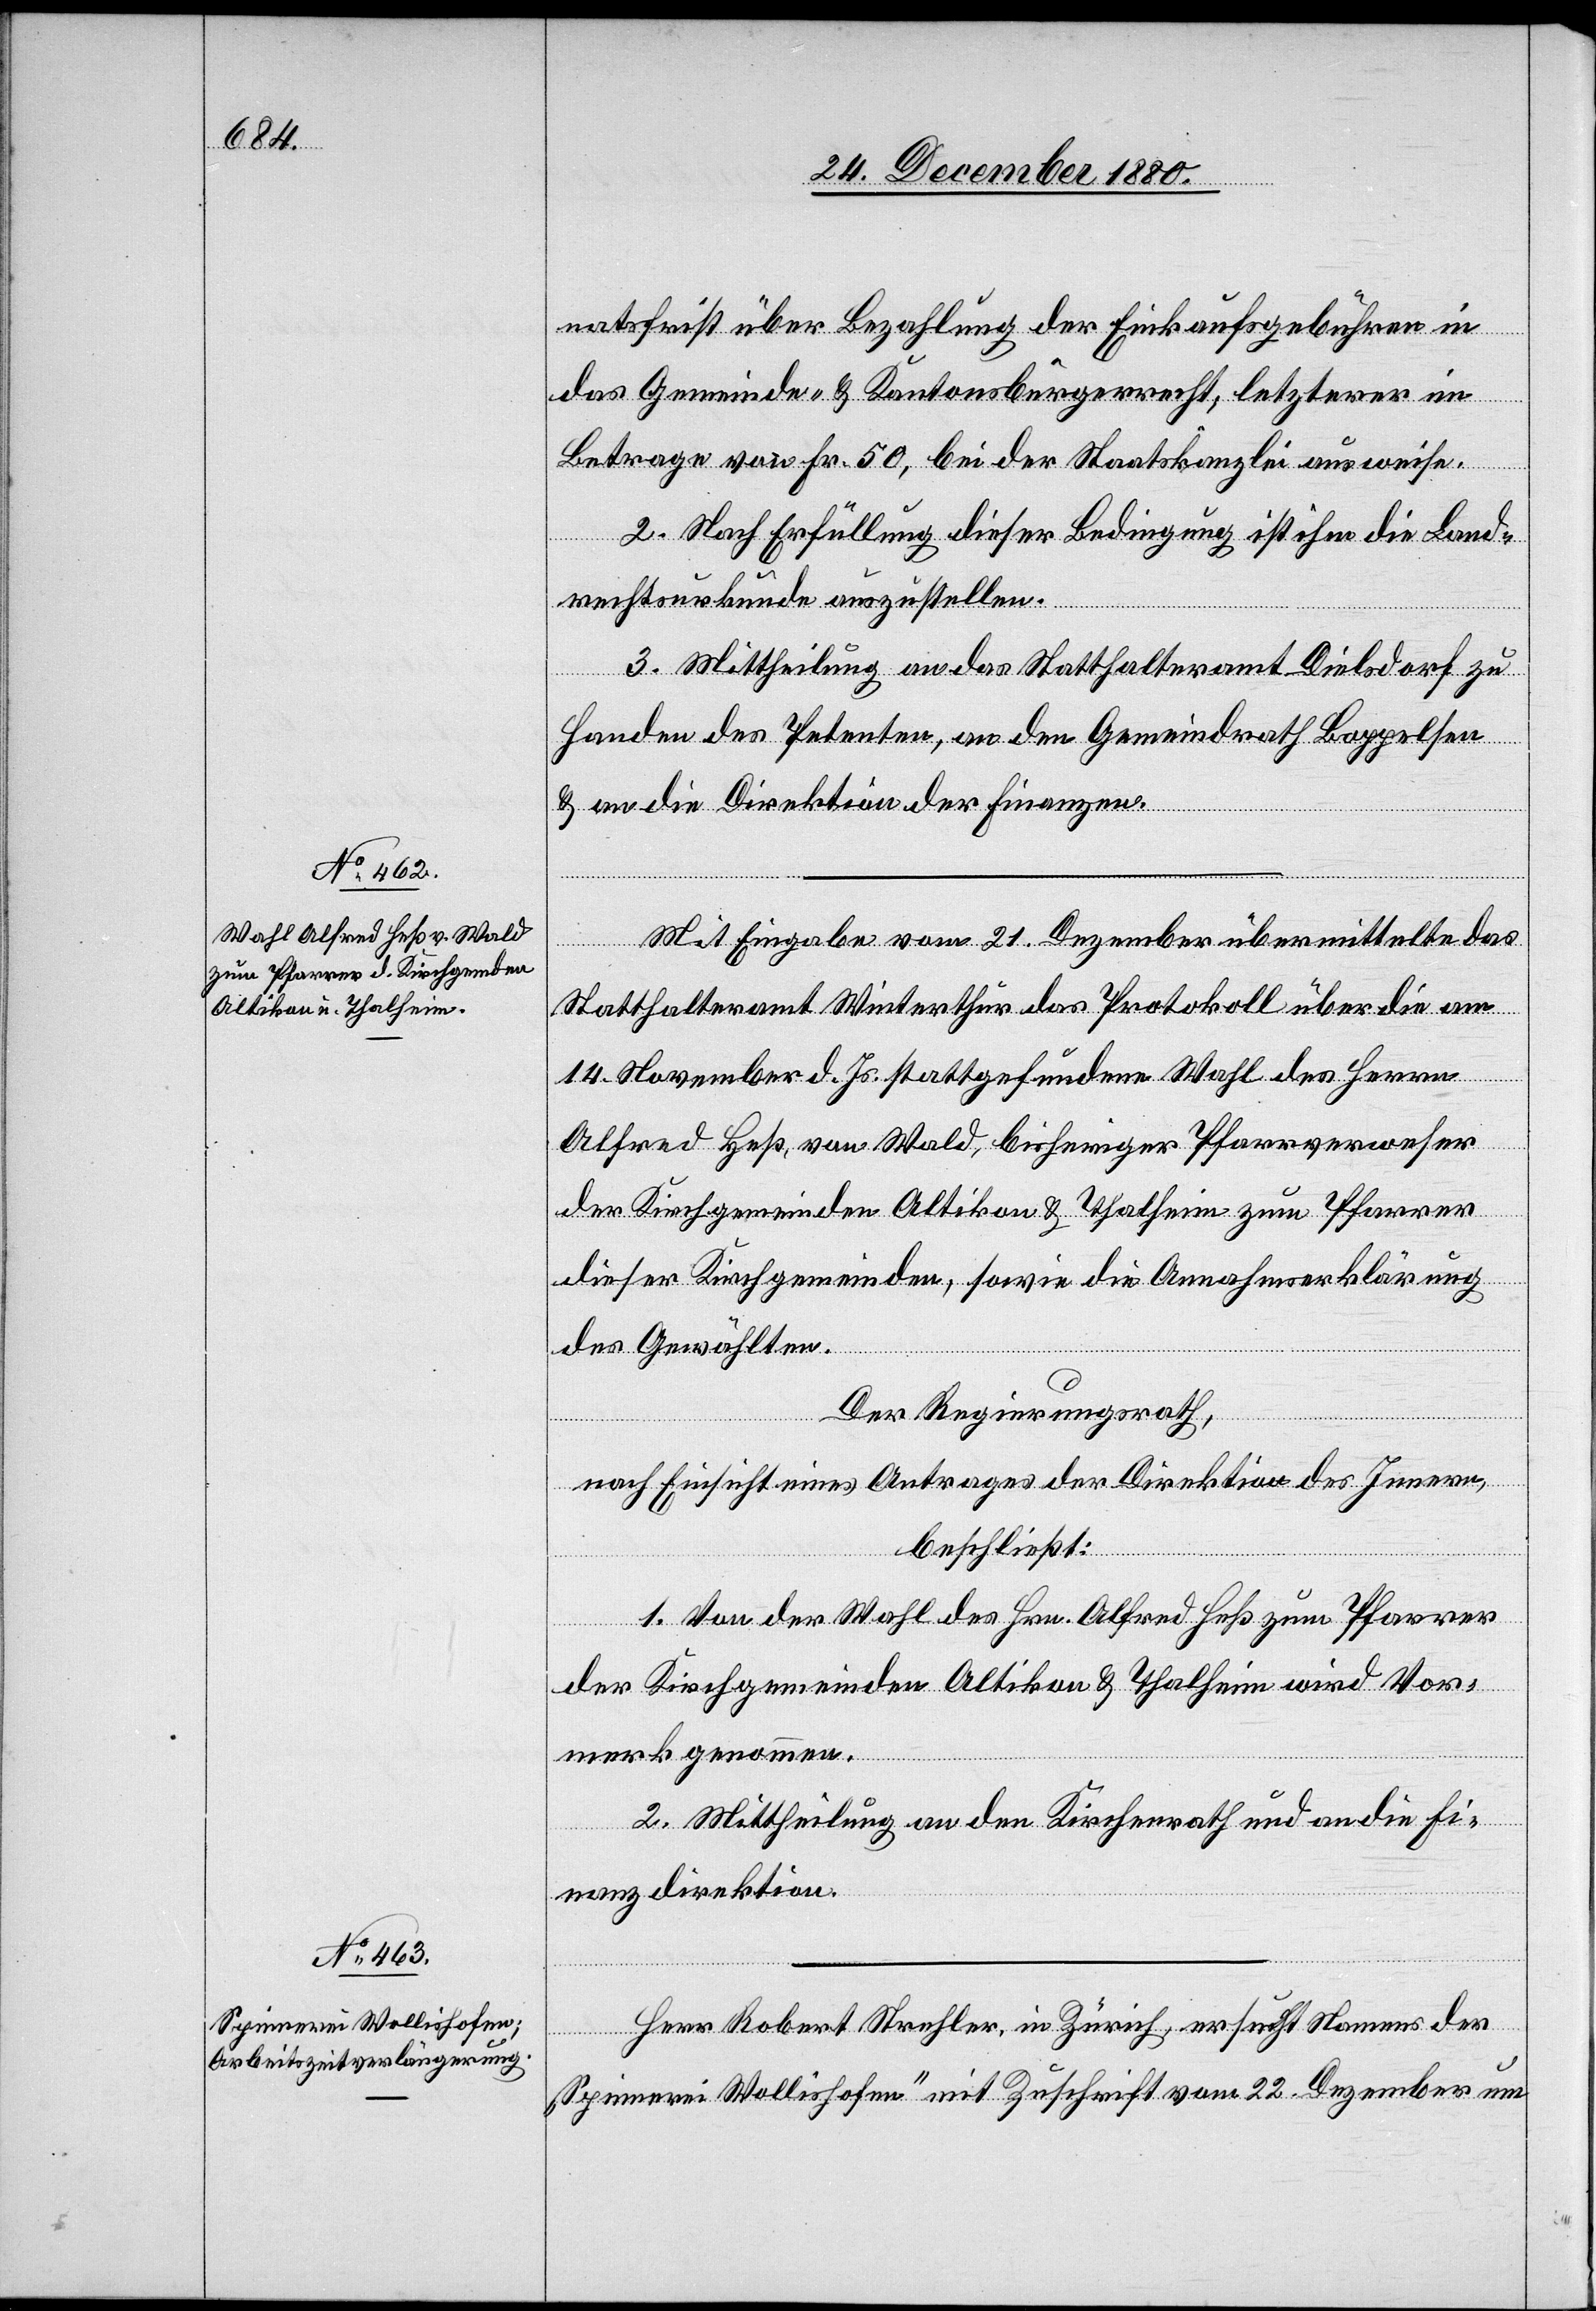
natsfrist über Bezahlung der Einkaufsgebühren in
das Gemeinde- & Kantonsbürgerrecht, letzterer im
Betrage von Fr. 50, bei der Staatskanzlei ausweise.
2. Nach Erfüllung dieser Bedingung ist ihm die Land¬
rechtsurkunde auszustellen.
3. Mittheilung an das Statthalteramt Dielsdorf zu
Handen des Petenten, an den Gemeindrath Boppelsen
& an die Direktion der Finanzen.
Mit Eingabe vom 21. Dezember übermittelte das
Statthalteramt Winterthur das Protokoll über die am
14. November d. Js. stattgefundene Wahl des Herrn
Alfred Heß, von Wald, bisheriger Pfarrverweser
der Kirchgemeinden Altikon & Thalheim zum Pfarrer
dieser Kirchgemeinden, sowie die Annahmserklärung
des Gewählten.
Der Regierungsrath,
nach Einsicht eines Antrages der Direktion des Innern,
beschließt:
1. Von der Wahl des Hrn. Alfred Heß zum Pfarrer
der Kirchgemeinden Altikon & Thalheim wird Vor¬
merk genommen.
2. Mittheilung an den Kirchenrath und an die Fi¬
nanzdirektion.
Herr Robert Strehler, in Zürich, ersucht Namens der
„Spinnerei Wollishofen“ mit Zuschrift vom 22. Dezember um